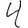
Digit: 4